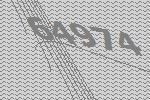
64974